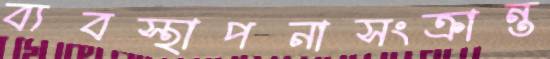
ব্যবস্থাপনাসংক্রান্ত